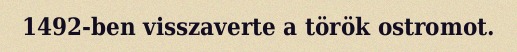
1492-ben visszaverte a török ostromot.